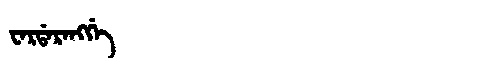
Manchu: ᠸᠠᡵᡩᠠᡵᠠᠩᡤᡝ
Romanization: WARDARANGGE